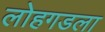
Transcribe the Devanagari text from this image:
लोहगडला